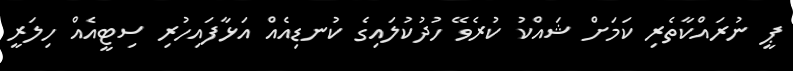
ޕީ ނުރައްކާތެރި ކަމަށް ޝައްކު ކުރެވޭ ހުދުކުލައިގެ ކުނޑިއެއް އަޅާފައިހުރި ސިޓީއެއް ހިލަރީ